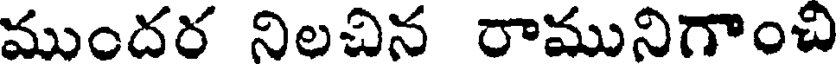
ముందర నిలచిన రామునిగాంచి